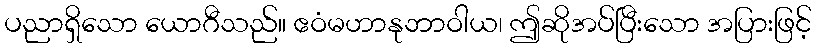
ပညာရှိသော ယောဂီသည်။ ဧဝံမဟာနုဘာဝါယ၊ ဤဆိုအပ်ပြီးသော အပြားဖြင့်